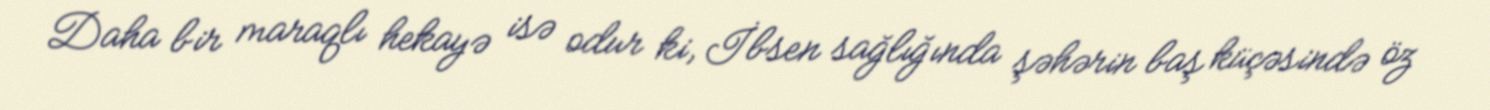
Daha bir maraqlı hekayə isə odur ki, İbsen sağlığında şəhərin baş küçəsində öz